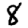
Digit: 8